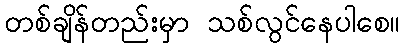
တစ်ချိန်တည်းမှာ သစ်လွင်နေပါစေ။